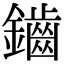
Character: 鑡